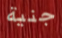
جنية